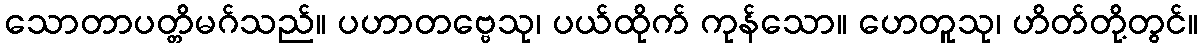
သောတာပတ္တိမဂ်သည်။ ပဟာတဗ္ဗေသု၊ ပယ်ထိုက် ကုန်သော။ ဟေတူသု၊ ဟိတ်တို့တွင်။